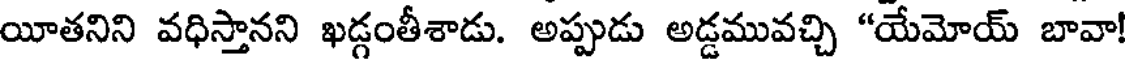
యీతనిని వధిస్తానని ఖడ్గంతీశాడు. అప్పుడు అడ్డమువచ్చి "యేమోయ్ బావా!